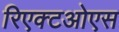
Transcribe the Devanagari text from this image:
रिएक्टओएस